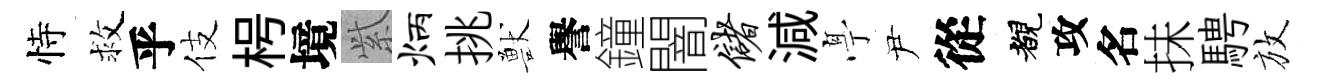
恃救乎伎枵境𬗋炳挑獸譽鐘闇储減𠅘尹從覩攻名抺騁放